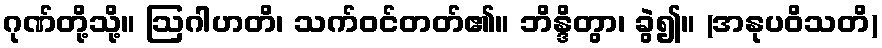
ဂုဏ်တို့သို့။ ဩဂါဟတိ၊ သက်ဝင်တတ်၏။ ဘိန္ဒိတွာ၊ ခွဲ၍။ (အနုပဝိသတိ)